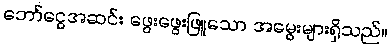
ဘော်ငွေအဆင်း ဖွေးဖွေးဖြူသော အမွေးများရှိသည်။